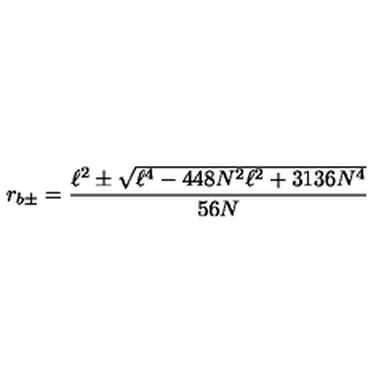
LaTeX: r _ { b \pm } = \frac { \ell ^ { 2 } \pm \sqrt { \ell ^ { 4 } - 4 4 8 N ^ { 2 } \ell ^ { 2 } + 3 1 3 6 N ^ { 4 } } } { 5 6 N }